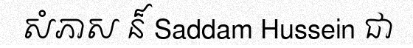
សំភាស ន៏ Saddam Hussein ជា